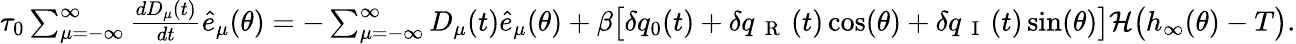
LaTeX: \begin{array}{r}{\tau_{0}\sum_{\mu=-\infty}^{\infty}\frac{dD_{\mu}(t)}{dt}{\hat{e}_{\mu}(\theta)}=-\sum_{\mu=-\infty}^{\infty}D_{\mu}(t)\hat{e}_{\mu}(\theta)+\beta\big[\delta q_{0}(t)+\delta q_{\mathrm{~{~R~}~}}(t)\cos(\theta)+\delta q_{\mathrm{~{~I~}~}}(t)\sin(\theta)\big]\mathcal{H}\big(h_{\infty}(\theta)-T\big).}\end{array}